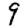
Digit: 9